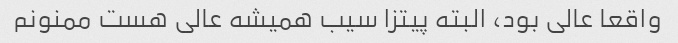
واقعا عالی بود، البته پیتزا سیب همیشه عالی هست ممنونم